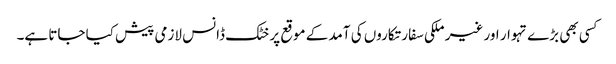
کسی بھی بڑے تہوار اور غیر ملکی سفارتکاروں کی آمد کے موقع پر خٹک ڈانس لازمی پیش کیا جاتا ہے۔